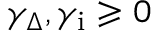
\gamma _ { \Delta } , \gamma _ { \mathrm { i } } \geqslant 0